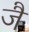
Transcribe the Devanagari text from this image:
जैं